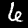
Label: 6